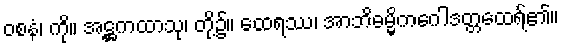
ဝစနံ၊ ကို။ အဋ္ဌကထာသု၊ တို့၌။ ထေရဿ၊ အာဘိဓမ္မိကဂေါဒတ္တထေရ်၏။